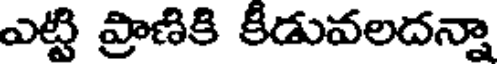
ఎట్టి ప్రాణికి కీడువలదన్నా